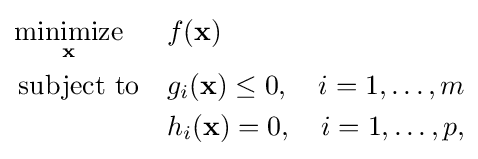
{\begin{aligned}&{\underset {\mathbf {x} }{\operatorname {minimize} }}&&f(\mathbf {x} )\\&\operatorname {subject\ to} &&g_{i}(\mathbf {x} )\leq 0,\quad i=1,\dots ,m\\&&&h_{i}(\mathbf {x} )=0,\quad i=1,\dots ,p,\end{aligned}}